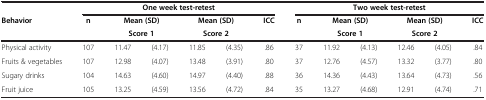
<table><thead><tr><td rowspan="2"><b>Behavior</b></td><td colspan="6"><b>One week test-retest</b></td><td colspan="6"><b>Two week test-retest</b></td></tr><tr><td><b>n</b></td><td colspan="2"><b>Mean (SD)</b></td><td colspan="2"><b>Mean (SD)</b></td><td><b>ICC</b></td><td><b>n</b></td><td colspan="2"><b>Mean (SD)</b></td><td colspan="2"><b>Mean (SD)</b></td><td><b>ICC</b></td></tr><tr><td><b> </b></td><td><b> </b></td><td colspan="2"><b>Score 1</b></td><td colspan="2"><b>Score 2</b></td><td><b> </b></td><td><b> </b></td><td colspan="2"><b>Score 1</b></td><td colspan="2"><b>Score 2</b></td><td><b> </b></td></tr></thead><tbody><tr><td>Physical activity</td><td>107</td><td>11.47</td><td>(4.17)</td><td>11.85</td><td>(4.35)</td><td>.86</td><td>37</td><td>11.92</td><td>(4.13)</td><td>12.46</td><td>(4.05)</td><td>.84</td></tr><tr><td>Fruits &amp; vegetables</td><td>107</td><td>12.98</td><td>(4.07)</td><td>13.48</td><td>(3.91)</td><td>.80</td><td>37</td><td>12.76</td><td>(4.57)</td><td>13.32</td><td>(3.77)</td><td>.80</td></tr><tr><td>Sugary drinks</td><td>104</td><td>14.63</td><td>(4.60)</td><td>14.97</td><td>(4.40)</td><td>.88</td><td>36</td><td>14.36</td><td>(4.43)</td><td>13.64</td><td>(4.73)</td><td>.56</td></tr><tr><td>Fruit juice</td><td>105</td><td>13.25</td><td>(4.59)</td><td>13.56</td><td>(4.72)</td><td>.84</td><td>35</td><td>13.27</td><td>(4.68)</td><td>12.91</td><td>(4.74)</td><td>.71</td></tr></tbody></table>